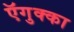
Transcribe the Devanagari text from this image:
ऍगुक्का